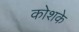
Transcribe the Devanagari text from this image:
कोशके